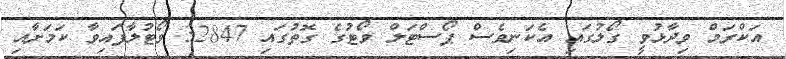
އަކްރަމް ވިދާޅުވީ ގޯލުގައި އެކަނިވެސް ޕޯސްޓަލް ވޯޓުގެ ގޮތުގައި 32847 ވޯޓުލާފައިވާ ކަމަށާއި